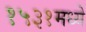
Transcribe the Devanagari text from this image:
१५३१मध्ये